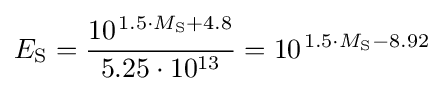
E_{\mathrm {S} }={\frac {10^{\;\!1.5\cdot M_{\mathrm {S} }+4.8}}{5.25\cdot 10^{13}}}=10^{\;\!1.5\cdot M_{\mathrm {S} }-8.92}